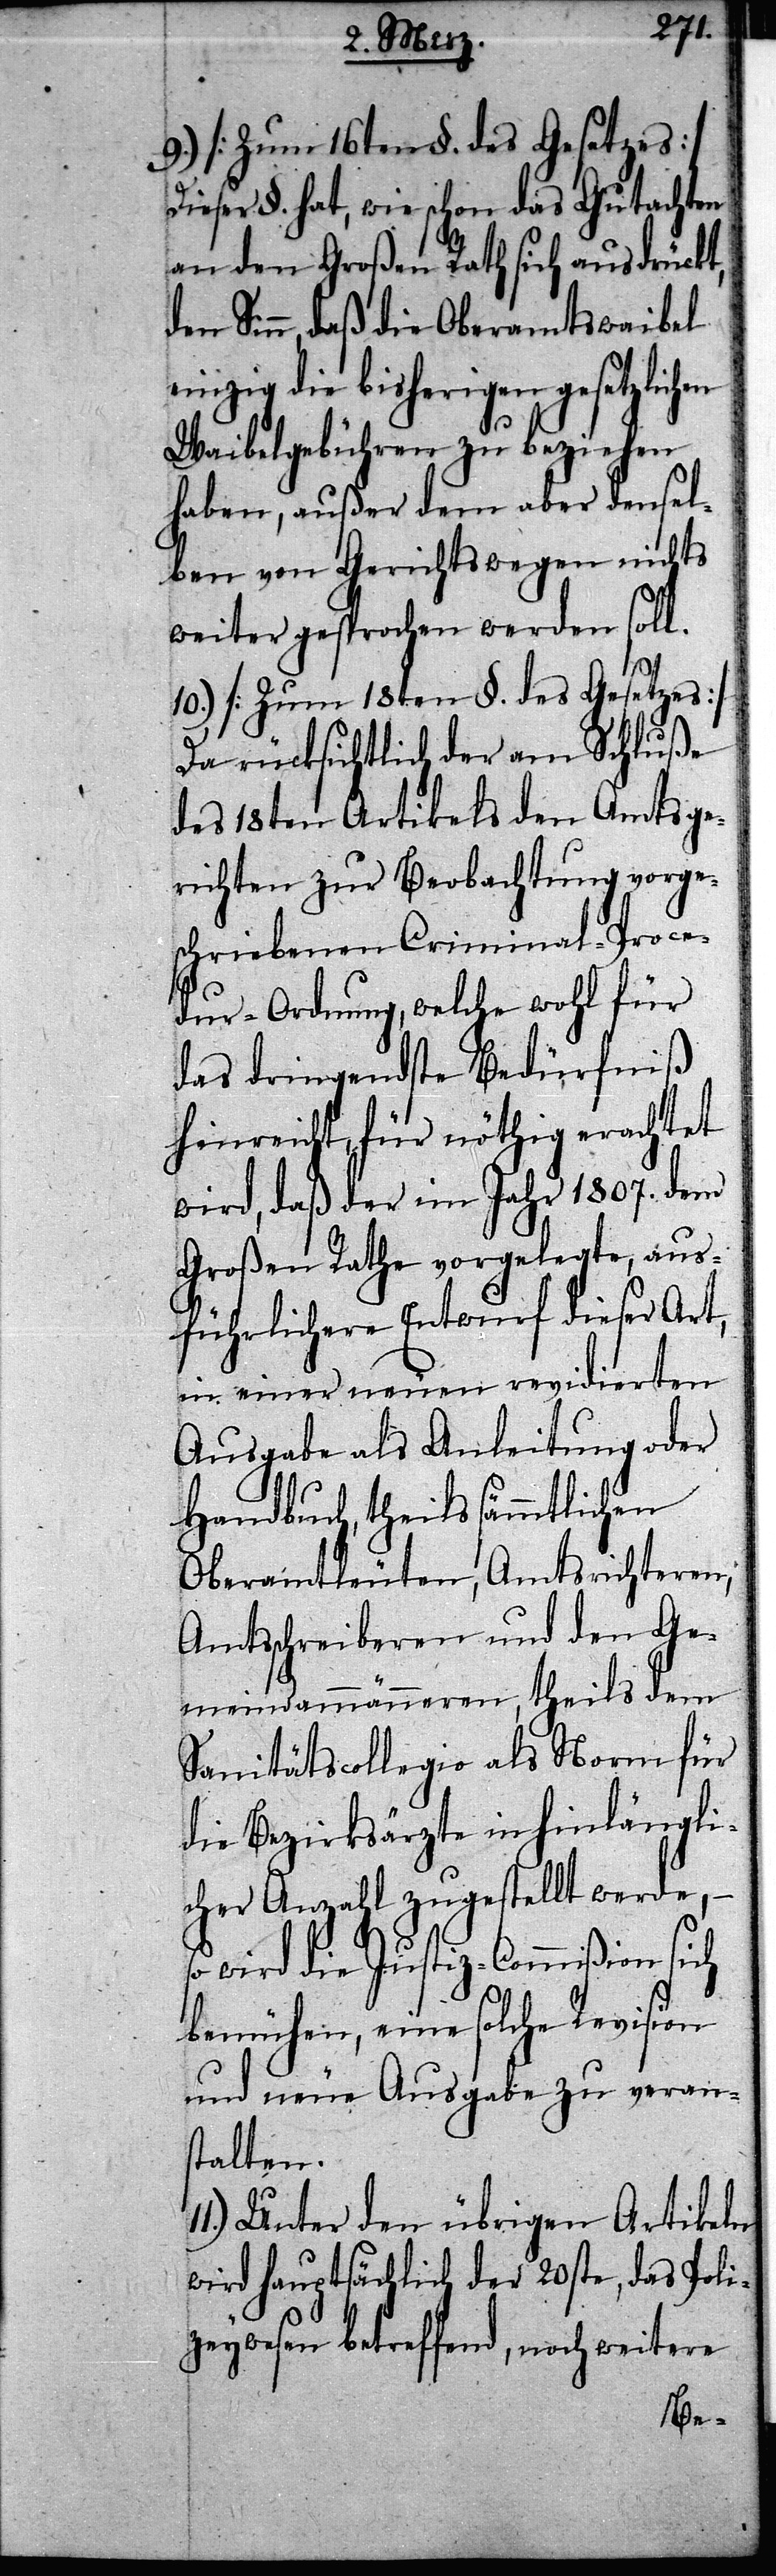
9.) [Zum 16ten §. des Gesetzes]
Dieser §. hat, wie schon das Gutachten
an den Großen Rath sich ausdrückt,
Sinn, daß die Oberamtswaibel
inzig die bisherigen
Waibelgebühren zu beziehen
haben, außer dem aber densel¬
ben von Gerichtswegen nichts
weiter gesprochen werden soll.
10.) [Zum 18ten §. des Gesetzes]
Da rücksichtlich der am Schluße
des 18ten Artikels den Amtsge¬
richten zur Beobachtung vorge¬
schriebenen Criminal-Proce¬
dur-Ordnung, welche wohl für
das dringendste Bedürfniß
hinreicht, für nöthig erachtet
wird, daß der im Jahr 1807. dem
Großen Rathe vorgelegte, aus¬
führlichere Entwurf dieser Art,
in einer neuen revidierten
Ausgabe als Anleitung oder
Handbuch, theils sämmtlichen
Oberamtleuten, Amtsrichteren,
Amtsschreiberen und den Ge¬
meindammänneren, theils dem
Sanitätscollegio als Norm für
die Bezirksärzte in hinlängli¬
cher Anzahl zugestellt werde,
so wird die Justiz-Commißion sich
bemühen, eine solche Revision
und neue Ausgabe zu verans¬
talten.
Unter den übrigen Artikeln
wird hauptsächlich der 20ste, das Polic¬
eywesen betreffend, noch weitere
e¬